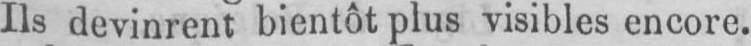
Ils devinrent bientôt plus visibles encore.